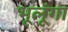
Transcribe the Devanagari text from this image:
भूलूंगा